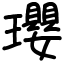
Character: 瓔